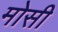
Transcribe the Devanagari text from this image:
मोसी